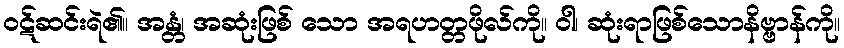
ဝဋ်ဆင်းရဲ၏။ အန္တံ၊ အဆုံးဖြစ် သော အရဟတ္တဖိုလ်ကို။ ဝါ၊ ဆုံးရာဖြစ်သောနိဗ္ဗာန်ကို။